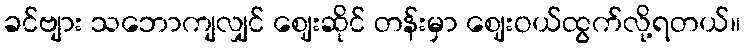
ခင်ဗျား သဘောကျလျှင် ဈေးဆိုင် တန်းမှာ ဈေးဝယ်ထွက်လို့ရတယ်။